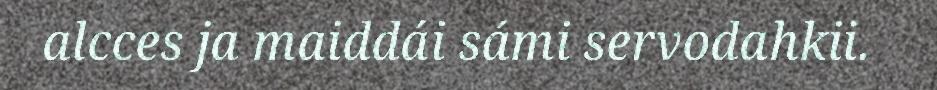
alcces ja maiddái sámi servodahkii.